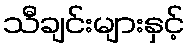
သီချင်းများနှင့်